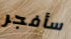
سأفجر